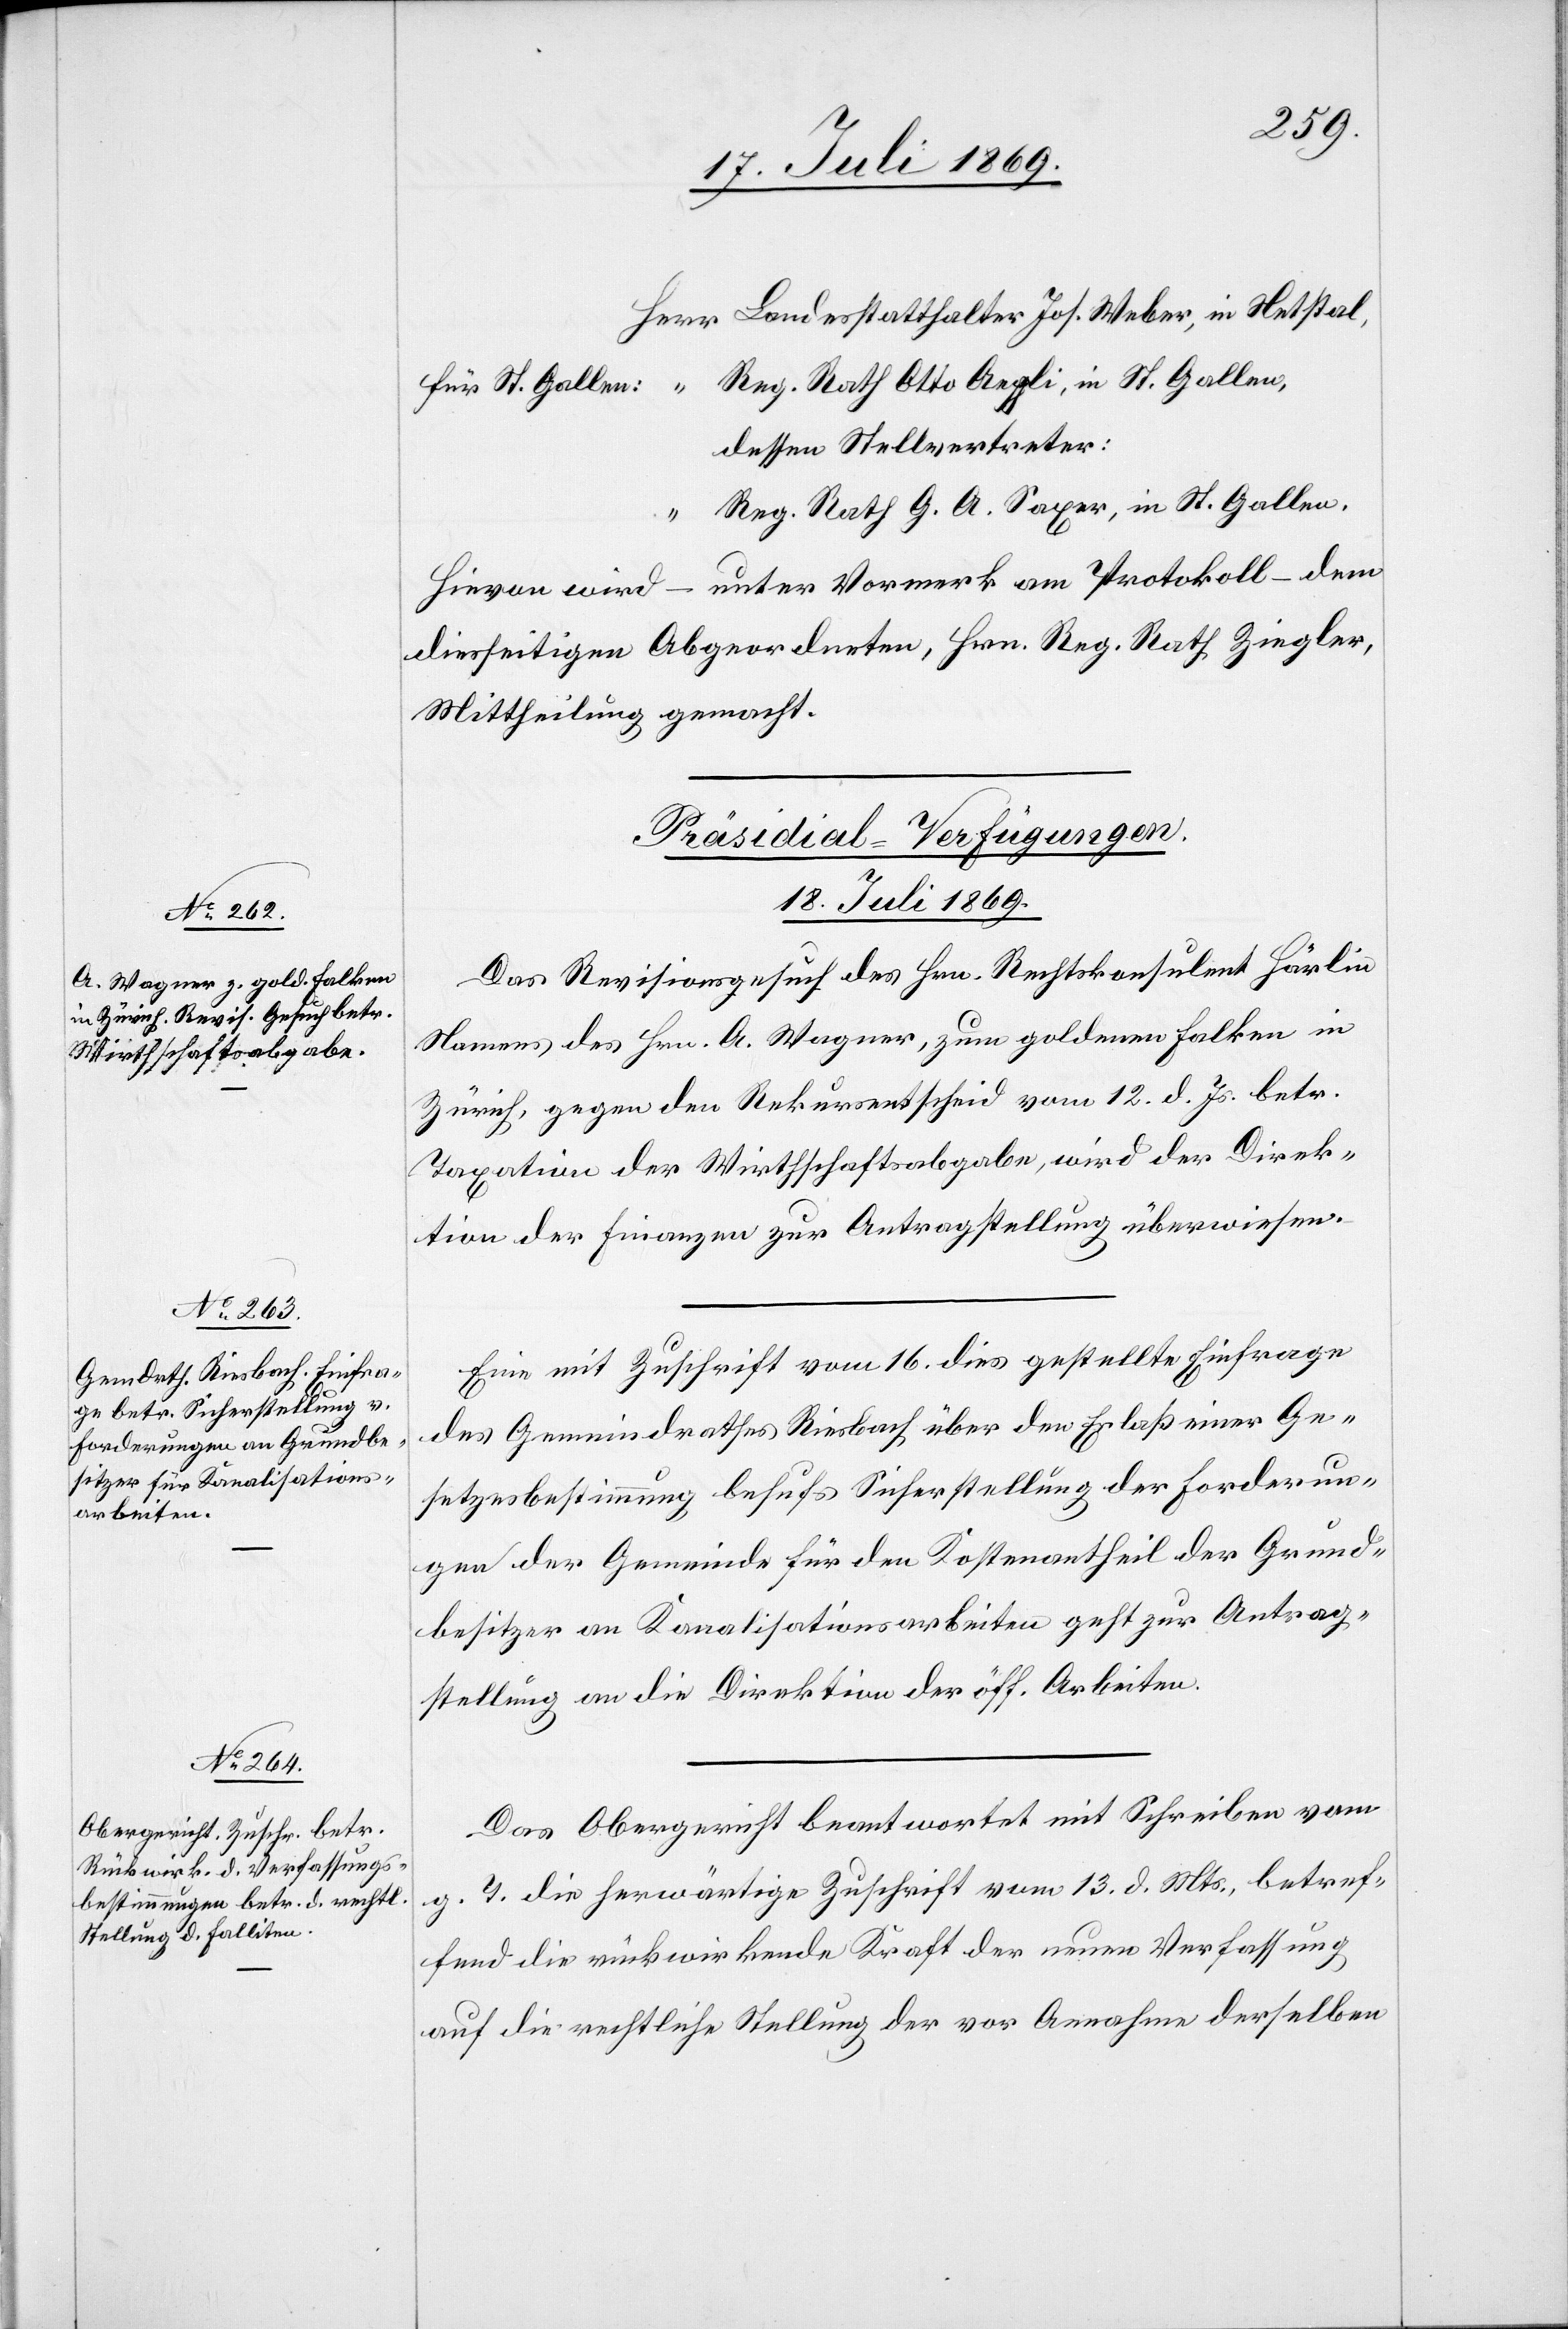
Herr Landstatthalter Jos. Weberl, in Netstal,
Rath Otto Aeppli, in St. Gallen,
dessen Stellvertreter:
“	Reg. Rath. G. A. Saxer, in St. Gallen,
Hievon wird – unter Vormerk am Protokoll – dem
diesseitigen Abgeordneten, Hrn. Reg. Rath Ziegler
Mittheilung gemacht.
[Präsidial-Verfügungen.
18. Juli 1869.]
Das Revisionsgesuch des Hrn. Rechtskonsulent Härlin
Namens des Hrn. A. Wagner, zum goldenen Falken in
Zürich, gegen den Rekursentscheid vom 12. d. Js. betr.
Taxation der Wirthschaftsabgabe, wird der Direk¬
tion der Finanzen zur Antragstellung überwiesen.
Eine mit Zuschrift vom 16. dies gestellte Einfrage
des Gemeindrathes Riesbach über den Erlaß einer Ge¬
setzesbestimmung behufs Sicherstellung der Forderun¬
gen der Gemeinde für den Kostenantheil der Grund¬
besitzer an Kanalisationsarbeiten geht zur Antrag¬
stellung an die Direktion der öff. Arbeiten.
Das Obergericht beantwortet mit Schreiben vom
g. T. die herwärtige Zuschrift vom 13. d. Mts., betref¬
fend die rückwirkende Kraft der neuen Verfassung
auf die rechtliche Stellung der vor Annahme derselben